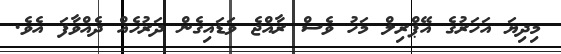
މިދިޔަ އަހަރުގެ އޭޕްރިލް މަހު ވެސް ރާއްޖެ ވަޑައިގެން ދަރުހެއް ދެއްވާފަ އެވެ.